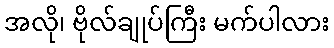
အလို၊ ဗိုလ်ချုပ်ကြီး မက်ပါလား